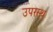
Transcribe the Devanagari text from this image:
उपरस्थ